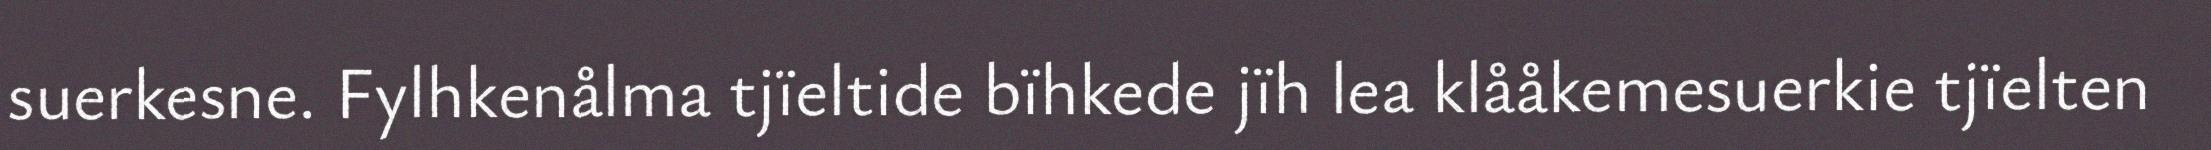
suerkesne. Fylhkenålma tjïeltide bïhkede jïh lea klååkemesuerkie tjïelten